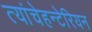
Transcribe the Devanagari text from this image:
त्यांचेहन्टेरियन